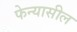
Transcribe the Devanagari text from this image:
फेन्यासील